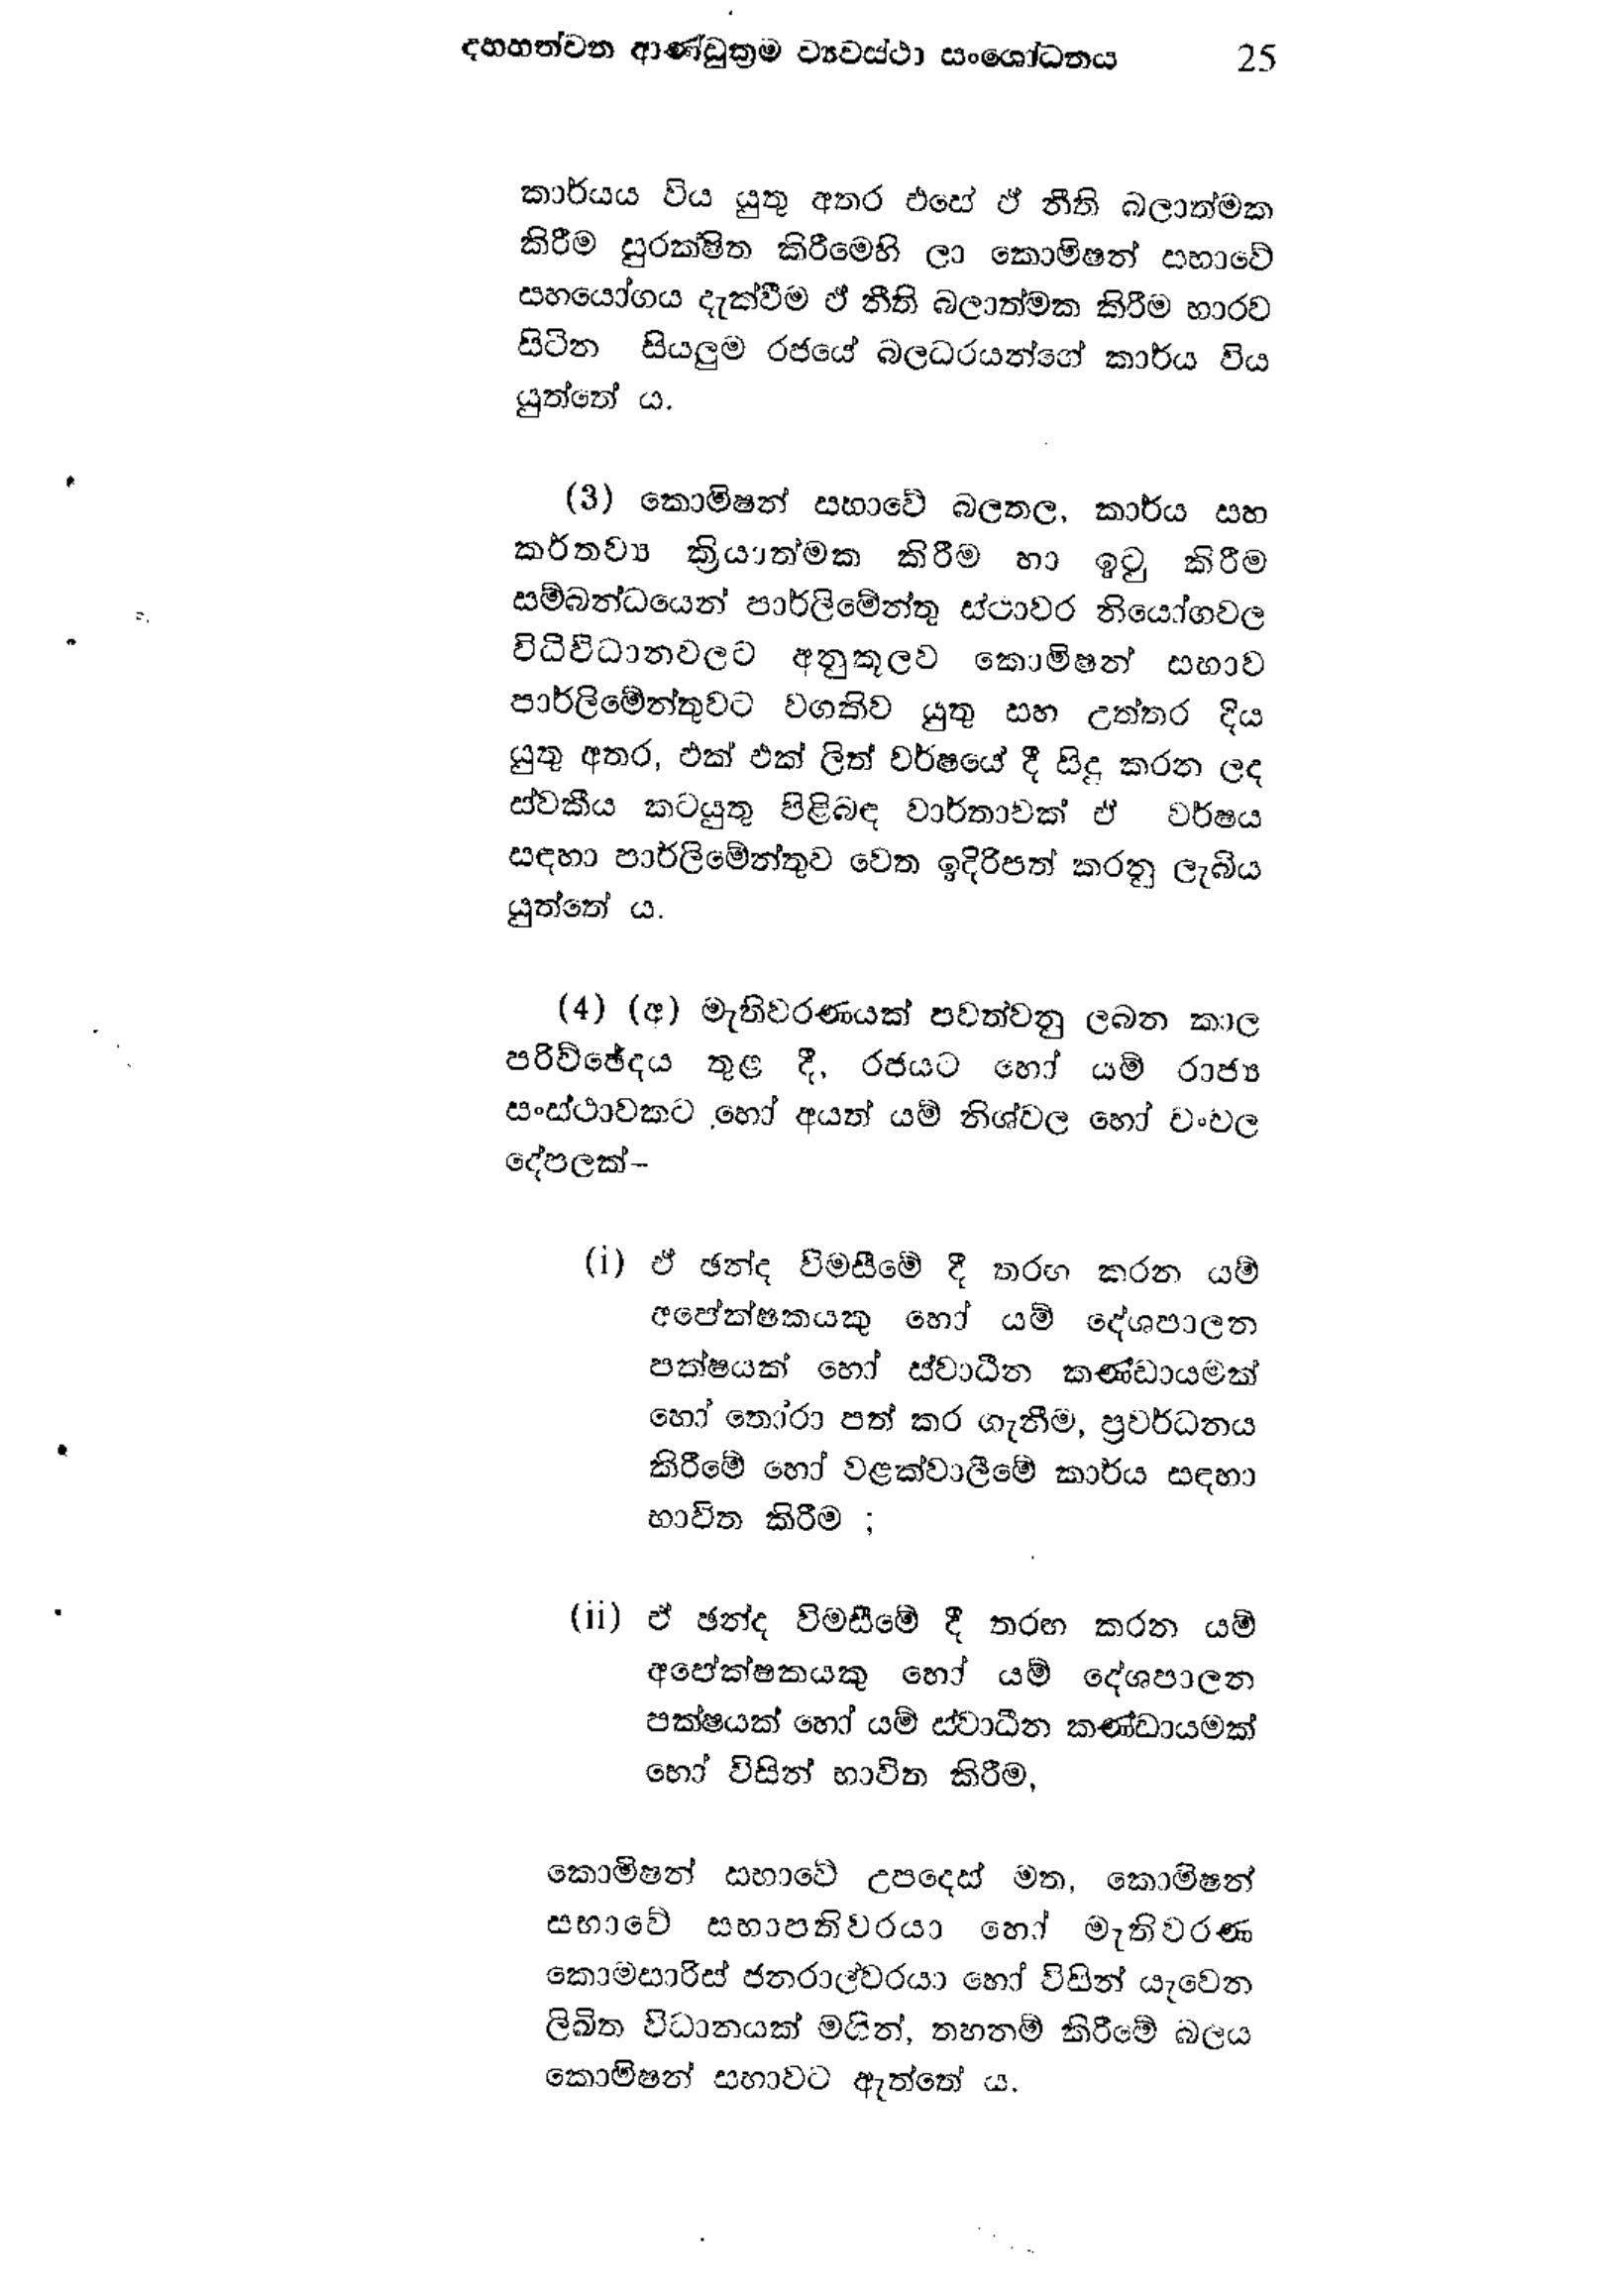
දහහත්වන ආණ්ඩුක්‍රම ව්‍යවස්ථා සංශෝධනය 25

කාර්යය විය යුතු අතර එසේ ඒ නීති බලාත්මක
කිරීම සුරක්ෂිත කිරීමෙහි ලා කොමිෂන් සභාවේ
සහයෝගය දැක්වීම ඒ නීති බලාත්මක කිරීම භාරව
සිටින සියලුම රජයේ බලධරයන්ගේ කාර්ය විය
යුත්තේ ය.

(3) කොමිෂන් සභාවේ බලතල, කාර්ය සහ
කර්තව්‍යය ක්‍රියාත්මක කිරීම හා ඉටු කිරීම
සම්බන්ධයෙන් පාර්ලිමේන්තු ස්ථාවර නියෝගවල
විධිවිධානවලට අනුකූලව් කොමිෂන් සභාව
පාර්ලිමේන්තුවට වගකිව යුතු සහ උත්තර දිය
යුතු අතර, එක් එක් ලිත් වර්ෂයේ දී සිදු කරන ලද
ස්වකීය කටයුතු පිළිබඳ වාර්තාවක් ඒ වර්ෂය
සඳහා පාර්ලිමේන්තුව වෙත ඉදිරිපත් කරනු ලැබිය
යුත්තේ ය.

(4) (අ) මැතිවරණයක් පවත්වනු ලබන කාල
පරිච්ඡේදය තුළ දී, රජයට හෝ යම් රාජ්‍ය
සංස්ථාවකට හෝ අයත් යම් නිශ්චල හෝ චංචල
දේපලක්-

(i) ඒ ඡන්ද විමසීමේ දී තරඟ කරන යම්
අපේක්ෂකයකු හෝ යම් දේශපාලන
පක්ෂයක් හෝ ස්වාධීන කණ්ඩායමක්
හෝ තෝරා පත් කර ගැනීම, ප්‍රවර්ධනය
කිරීමේ හෝ වළක්වාලීමේ කාර්ය සඳහා
භාවිත කිරීම ;

(ii) ඒ ඡන්ද විමසීමේ දී තරඟ කරන යම්
අපේක්ෂකයකු හෝ යම් දේශපාලන
පක්ෂයක් හෝ යම් ස්වාධීන කණ්ඩායමක්
හෝ විසින් භාවිත කිරීම,

කොමිෂන් සභාවේ උපදෙස් මත, කොමිෂන්
සභාවේ සභාපතිවරයා හෝ මැතිවරණ
කොමසාරිස් ජනරාල්වරයා හෝ විසින් යැවෙන
ලිඛිත විධානයක් මගින්, තහනම් කිරීමේ බලය
කොමිෂන් සභාවට ඇත්තේය.